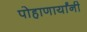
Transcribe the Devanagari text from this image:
पोहाणार्यांनी